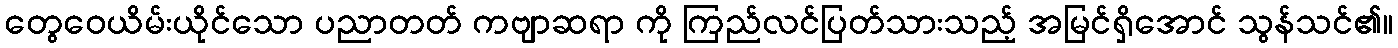
တွေဝေယိမ်းယိုင်သော ပညာတတ် ကဗျာဆရာ ကို ကြည်လင်ပြတ်သားသည့် အမြင်ရှိအောင် သွန်သင်၏။